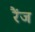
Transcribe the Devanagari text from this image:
रैंज